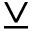
\veebar